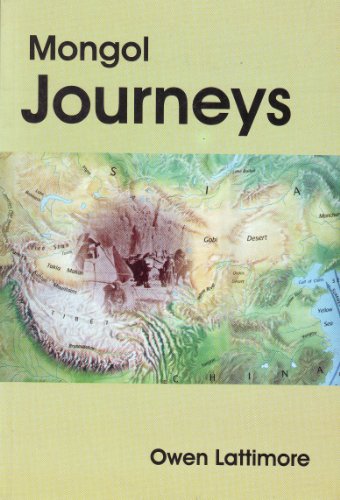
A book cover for Mongol Journeys; Mongol Journeys; Travel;